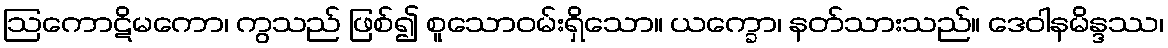
ဩကောဋိမကော၊ ကွသည် ဖြစ်၍ စူသောဝမ်းရှိသော။ ယက္ခော၊ နတ်သားသည်။ ဒေဝါနမိန္ဒဿ၊